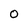
Character: 0